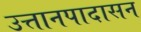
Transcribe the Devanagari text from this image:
उत्तानपादासन